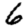
Digit: 6